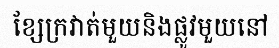
ខ្សែក្រវាត់មួយនិងផ្លូវមួយនៅ